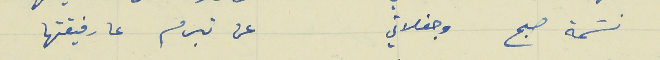
نسَمة صبح وجفلاني                                          عن تبرم عا رفيقتها